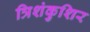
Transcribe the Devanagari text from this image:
त्रिशंकुशिर